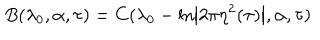
LaTeX: B ( \lambda _ { 0 } , \alpha , \tau ) = C ( \lambda _ { 0 } - \ln \left| 2 \pi \eta ^ { 2 } ( \tau ) \right| , \alpha , \tau )